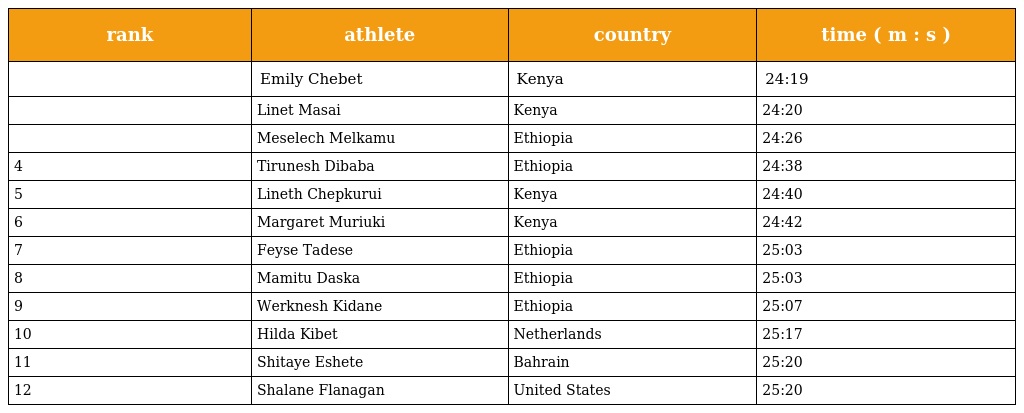
| rank | athlete | country | time ( m : s ) |
 | --- | --- | --- | --- |
 |  | Emily Chebet | Kenya | 24:19 |
 |  | Linet Masai | Kenya | 24:20 |
 |  | Meselech Melkamu | Ethiopia | 24:26 |
 | 4 | Tirunesh Dibaba | Ethiopia | 24:38 |
 | 5 | Lineth Chepkurui | Kenya | 24:40 |
 | 6 | Margaret Muriuki | Kenya | 24:42 |
 | 7 | Feyse Tadese | Ethiopia | 25:03 |
 | 8 | Mamitu Daska | Ethiopia | 25:03 |
 | 9 | Werknesh Kidane | Ethiopia | 25:07 |
 | 10 | Hilda Kibet | Netherlands | 25:17 |
 | 11 | Shitaye Eshete | Bahrain | 25:20 |
 | 12 | Shalane Flanagan | United States | 25:20 |